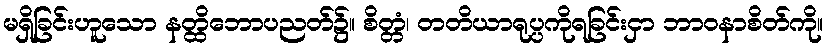
မရှိခြင်းဟူသော နတ္ထိဘောပညတ်၌။ စိတ္တံ၊ တတိယာရုပ္ပကိုရခြင်းငှာ ဘာဝနာစိတ်ကို။